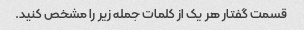
قسمت گفتار هر یک از کلمات جمله زیر را مشخص کنید.